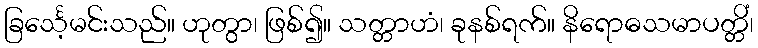
ခြင်္သေ့မင်းသည်။ ဟုတွာ၊ ဖြစ်၍။ သတ္တာဟံ၊ ခုနစ်ရက်။ နိရောဓသမာပတ္တိံ၊